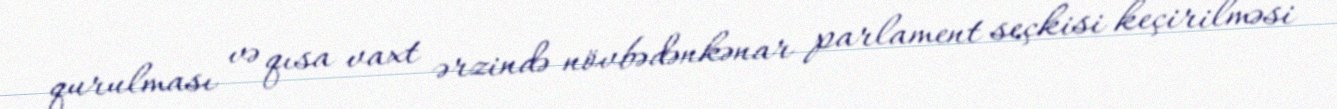
qurulması və qısa vaxt ərzində növbədənkənar parlament seçkisi keçirilməsi